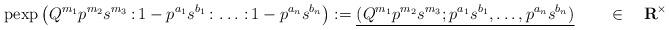
LaTeX: \begin{align*}\mathrm{pexp}\left(Q^{m_1}p^{m_2}s^{m_3}\,\mathbf{:}\, 1-p^{a_1}s^{b_1}\,\mathbf{:}\,\dots\,\mathbf{:}\,1-p^{a_n}s^{b_n}\right):=\underline{(Q^{m_1}p^{m_2}s^{m_3};p^{a_1}s^{b_1},\dots,p^{a_n}s^{b_n})}\qquad\in\quad\mathbf R^\times\end{align*}